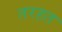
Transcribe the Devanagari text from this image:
तरहत